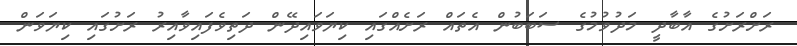
ރަށްރަށުގެ އާބާދީ މަދުވުމުގެ ސަބަބުން އެތައް ރަށެއްގައި ކިޔަވައިދޭން ދަތިވެފައިވާއިރު ރަށުގައި ކިޔަވަން